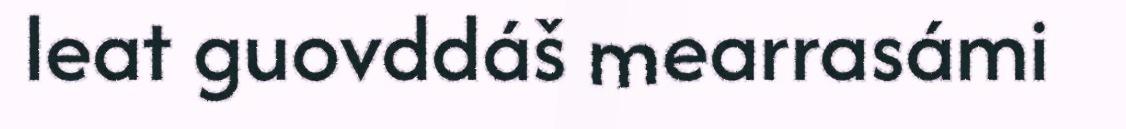
leat guovddáš mearrasámi